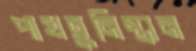
পাখতুনিস্তান